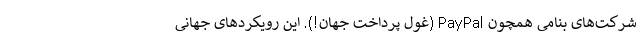
شرکت‌های بنامی همچون PayPal (غول پرداخت جهان!). این رویکردهای جهانی